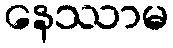
နေဿာမ